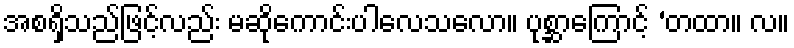
အစရှိသည်ဖြင့်လည်း မဆိုကောင်းပါလေသလော။ ပုစ္ဆာကြောင့် ‘တထာ။ လ။